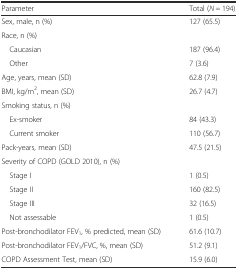
| Parameter | Total (N = 194) |
 | --- | --- |
 | Sex, male, n (%) | 127 (65.5) |
 | Race, n (%) |  |
 | Caucasian | 187 (96.4) |
 | Other | 7 (3.6) |
 | Age, years, mean (SD) | 62.8 (7.9) |
 | BMI, kg/m2, mean (SD) | 26.7 (4.7) |
 | Smoking status, n (%) |  |
 | Ex-smoker | 84 (43.3) |
 | Current smoker | 110 (56.7) |
 | Pack-years, mean (SD) | 47.5 (21.5) |
 | Severity of COPD (GOLD 2010), n (%) |  |
 | Stage I | 1 (0.5) |
 | Stage II | 160 (82.5) |
 | Stage III | 32 (16.5) |
 | Not assessable | 1 (0.5) |
 | Post-bronchodilator FEV1, % predicted, mean (SD) | 61.6 (10.7) |
 | Post-bronchodilator FEV1/FVC, %, mean (SD) | 51.2 (9.1) |
 | COPD Assessment Test, mean (SD) | 15.9 (6.0) |